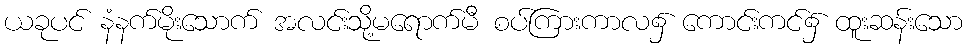
ယခုပင် နံနက်မိုးသောက် အလင်းသို့မရောက်မီ စပ်ကြားကာလ၌ ကောင်းကင်၌ ထူးဆန်းသော